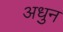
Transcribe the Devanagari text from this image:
अधुन